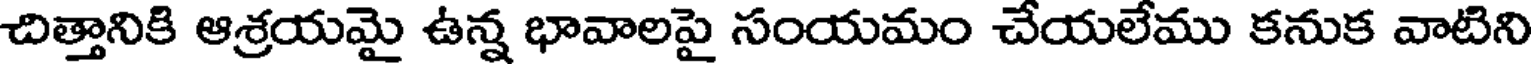
చిత్తానికి ఆశ్రయమై ఉన్న భావాలపై సంయమం చేయలేము కనుక వాటిని